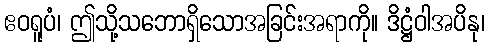
ဧဝရူပံ၊ ဤသို့သဘောရှိသောအခြင်းအရာကို။ ဒိဋ္ဌံဝါအပိနု၊